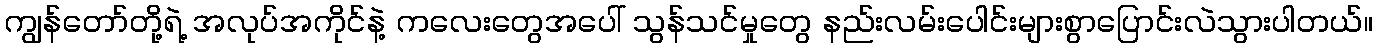
ကျွန်တော်တို့ရဲ့ အလုပ်အကိုင်နဲ့ ကလေးတွေအပေါ် သွန်သင်မှုတွေ နည်းလမ်းပေါင်းများစွာပြောင်းလဲသွားပါတယ်။